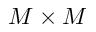
M \times M